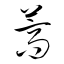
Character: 蒿